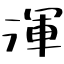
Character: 渾